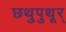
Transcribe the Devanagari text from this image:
छथुपुथूर्